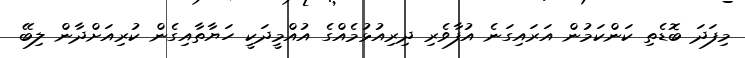
މިފަދަ ބޮޑެތި ކަންކަމުން އަރައިގަނެ އުފާވެރި ދިރިއުޅުމެއްގެ އުއްމީދަކީ ހަޔާތާއިގެން ކުރިއަށްދާން ލިބޭ